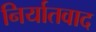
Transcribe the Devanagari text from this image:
निर्यातवाद